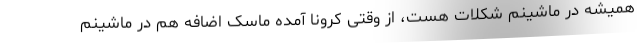
همیشه در ماشینم شکلات هست، از وقتی کرونا آمده ماسک اضافه هم در ماشینم